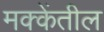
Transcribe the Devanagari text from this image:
मक्केंतील